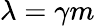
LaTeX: \lambda=\gamma m